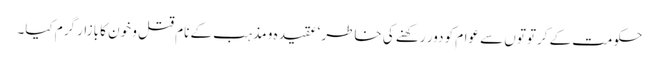
حکومت کے کرتوتوں سے عوام کو دور رکھنے کی خاطر ‘عقیدہ و مذہب کے نام قتل و خون کا بازار گرم کیا۔